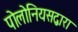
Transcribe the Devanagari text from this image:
पोलोनियसद्वारा